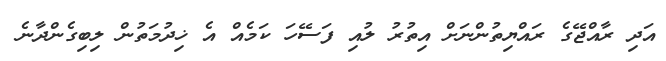
އަދި ރާއްޖޭގެ ރައްޔިތުންނަށް އިތުރު ލުއި ފަސޭހަ ކަމެއް އެ ޚިދުމަތުން ލިބިގެންދާނެ